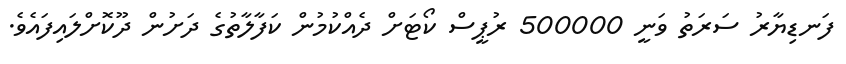
ފަނޑިޔާރު ސަރަތު ވަނީ 500000 ރުޕީސް ކޯޓަށް ދެއްކުމުން ކަފާލާތުގެ ދަށުން ދޫކޮށްލައިފައެވެ.